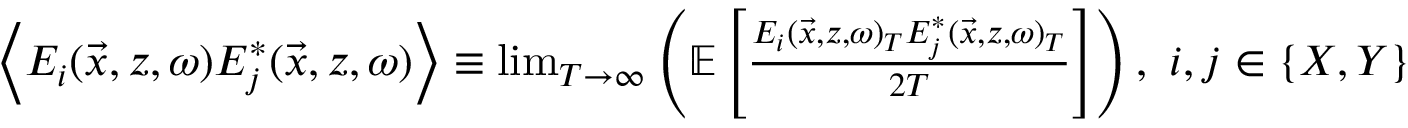
\begin{array} { r } { \left\langle E _ { i } ( \vec { x } , z , \omega ) E _ { j } ^ { * } ( \vec { x } , z , \omega ) \right\rangle \equiv \operatorname* { l i m } _ { T \rightarrow \infty } \left( \mathbb { E } \left[ \frac { E _ { i } ( \vec { x } , z , \omega ) _ { T } E _ { j } ^ { * } ( \vec { x } , z , \omega ) _ { T } } { 2 T } \right] \right) , ~ i , j \in \{ X , Y \} } \end{array}